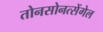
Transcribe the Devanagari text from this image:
तोनसोनत्सेंगेल